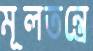
মূলতন্ত্রে